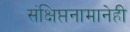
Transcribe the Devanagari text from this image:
संक्षिप्तनामानेही